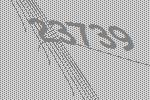
23739